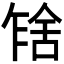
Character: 𰰂